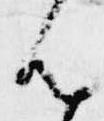
ん